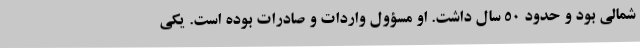
شمالی بود و حدود ۵۰ سال داشت. او مسؤول واردات و صادرات بوده است. یکی